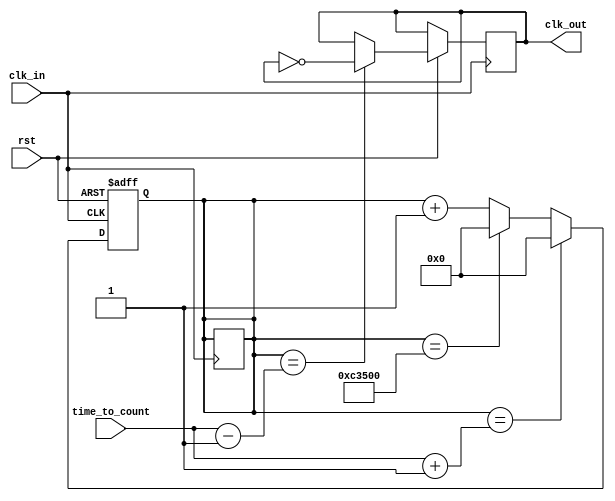
module frq_divider(clk_in,clk_out,rst,time_to_count);

output reg clk_out;
input wire clk_in;
input wire[34:0] time_to_count;
input wire rst;
reg [34:0] count;
parameter 
one = 1'b1,
over = 33'd800000;////output

always @(posedge clk_in or negedge rst)
begin 
if (~rst)
begin 
count = 1'b0;
end

else

if((count) == (time_to_count+1'b1)) begin
	count = 1'b0;
	end
else if ((count) == (over)) begin/////
	count = 1'b0;////
	end////
else 
	count = (count + 1'b1);
end




always @(posedge clk_in or negedge rst)
begin
if (~rst)
begin 
count = count;
end
else if (count == time_to_count-1)
begin
clk_out <= ~(clk_out);
end 
end

endmodule